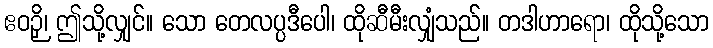
ဧဝဉှိ၊ ဤသို့လျှင်။ သော တေလပ္ပဒီပေါ၊ ထိုဆီမီးလျှံသည်။ တဒါဟာရော၊ ထိုသို့သော